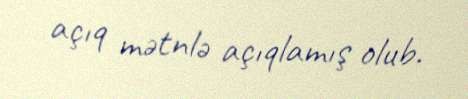
açıq mətnlə açıqlamış olub.